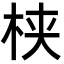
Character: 𬂩